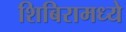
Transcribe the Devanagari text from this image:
शिबिरामध्ये